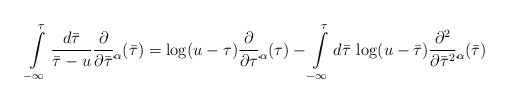
\begin{align*}\int\limits^{\tau}_{-\infty}\frac{d{\bar\tau}}{{\bar\tau}-u}\frac{\partial}{\partial{\bar\tau}}\d{}_{\alpha}({\bar\tau})=\log (u-\tau)\frac{\partial}{\partial\tau}\d{}_{\alpha}(\tau)-\int\limits^{\tau}_{-\infty}d{\bar\tau}\,\log(u-{\bar\tau})\frac{\partial^2}{\partial{\bar\tau}^2}\d{}_{\alpha}({\bar\tau})\end{align*}